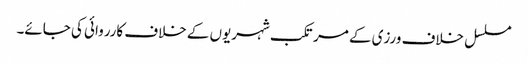
مسلسل خلاف ورزی کے مرتکب شہریوں کے خلاف کارروائی کی جائے۔